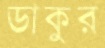
ডাকুর